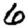
Digit: 6